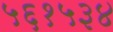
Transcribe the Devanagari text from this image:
५६१५३४